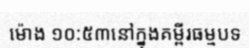
ម៉ោង ១០:៥៣នៅក្នុងគម្ពីរធម្មបទ